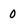
Character: 0